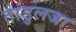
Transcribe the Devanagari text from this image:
तांडुलजा